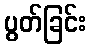
ပွတ်ခြင်း